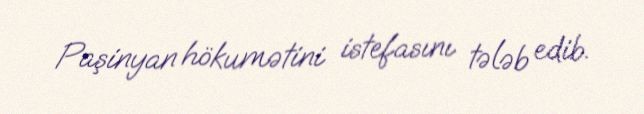
Paşinyan hökumətini istefasını tələb edib.